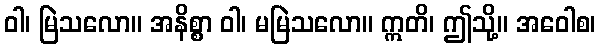
ဝါ၊ မြဲသလော။ အနိစ္စာ ဝါ၊ မမြဲသလော။ ဣတိ၊ ဤသို့။ အဝေါစ၊